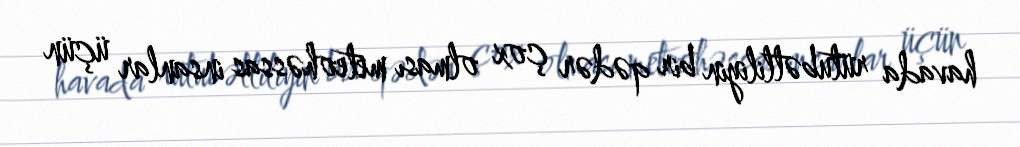
havada rütubətliliyin bir qədər çox olması meteohəssas insanlar üçün